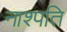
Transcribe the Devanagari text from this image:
नाश्पति